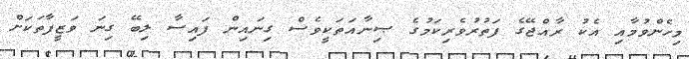
މިހެންވުމާއި އެކު ރާއްޖޭގެ ފަތުރުވެރިކަމުގެ ޞިނާއަތަކީވެސް ގިނައިން ފައިސާ ލިބޭ ގިނަ ވަޒީފާތަކަށް